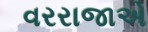
વરરાજાએ